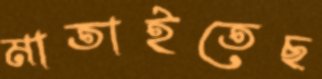
মাতাইতেছ